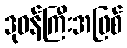
ဒုဝန်ကြီးအဖြစ်